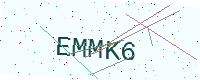
Text: EMMK6